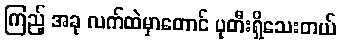
ကြည့် အခု လက်ထဲမှာတောင် ပုတီးရှိသေးတယ်